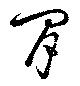
閒